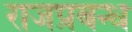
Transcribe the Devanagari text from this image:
राजप्रबन्ध